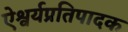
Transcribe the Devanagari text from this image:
ऐश्वर्यप्रतिपादक